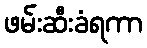
ဖမ်းဆီးခံရကာ